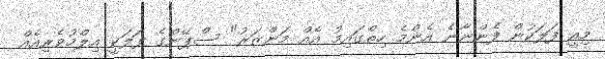
މިއީ ފަލަކުން ފެންނާނެ އެންމެ ހިތްގައިމު އެއް މަންޒަރު" ސްޕޭންގެ ފަލަކީ އިލްމުވެރިއެއް